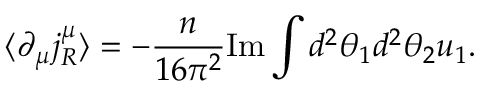
\langle \partial _ { \mu } j _ { R } ^ { \mu } \rangle = - \frac { n } { 1 6 \pi ^ { 2 } } \mathrm { I m } \int d ^ { 2 } \theta _ { 1 } d ^ { 2 } \theta _ { 2 } u _ { 1 } .